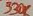
Text: 330K